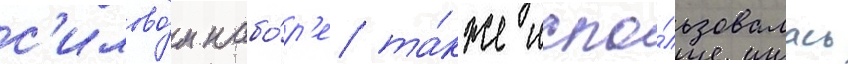
с'илово́м набо́р'е та́кже испо́льзовалась